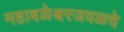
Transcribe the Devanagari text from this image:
महाबळेश्वरजवळचे